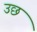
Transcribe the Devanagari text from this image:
उछ